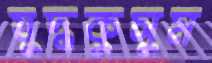
যুদ্ধকুসুম